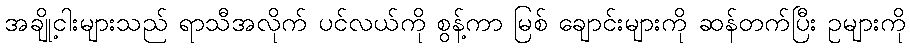
အချို့ငါးများသည် ရာသီအလိုက် ပင်လယ်ကို စွန့်ကာ မြစ် ချောင်းများကို ဆန်တက်ပြီး ဥများကို